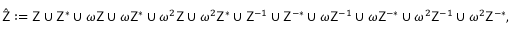
\begin{array} { r } { \hat { \mathsf { Z } } : = \mathsf { Z } \cup \mathsf { Z } ^ { * } \cup \omega \mathsf { Z } \cup \omega \mathsf { Z } ^ { * } \cup \omega ^ { 2 } \mathsf { Z } \cup \omega ^ { 2 } \mathsf { Z } ^ { * } \cup \mathsf { Z } ^ { - 1 } \cup \mathsf { Z } ^ { - * } \cup \omega \mathsf { Z } ^ { - 1 } \cup \omega \mathsf { Z } ^ { - * } \cup \omega ^ { 2 } \mathsf { Z } ^ { - 1 } \cup \omega ^ { 2 } \mathsf { Z } ^ { - * } , } \end{array}